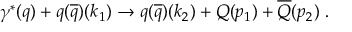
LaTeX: \gamma ^ { * } ( q ) + q ( \overline { { { q } } } ) ( k _ { 1 } ) \rightarrow q ( \overline { { { q } } } ) ( k _ { 2 } ) + Q ( p _ { 1 } ) + \overline { { { Q } } } ( p _ { 2 } ) ~ .